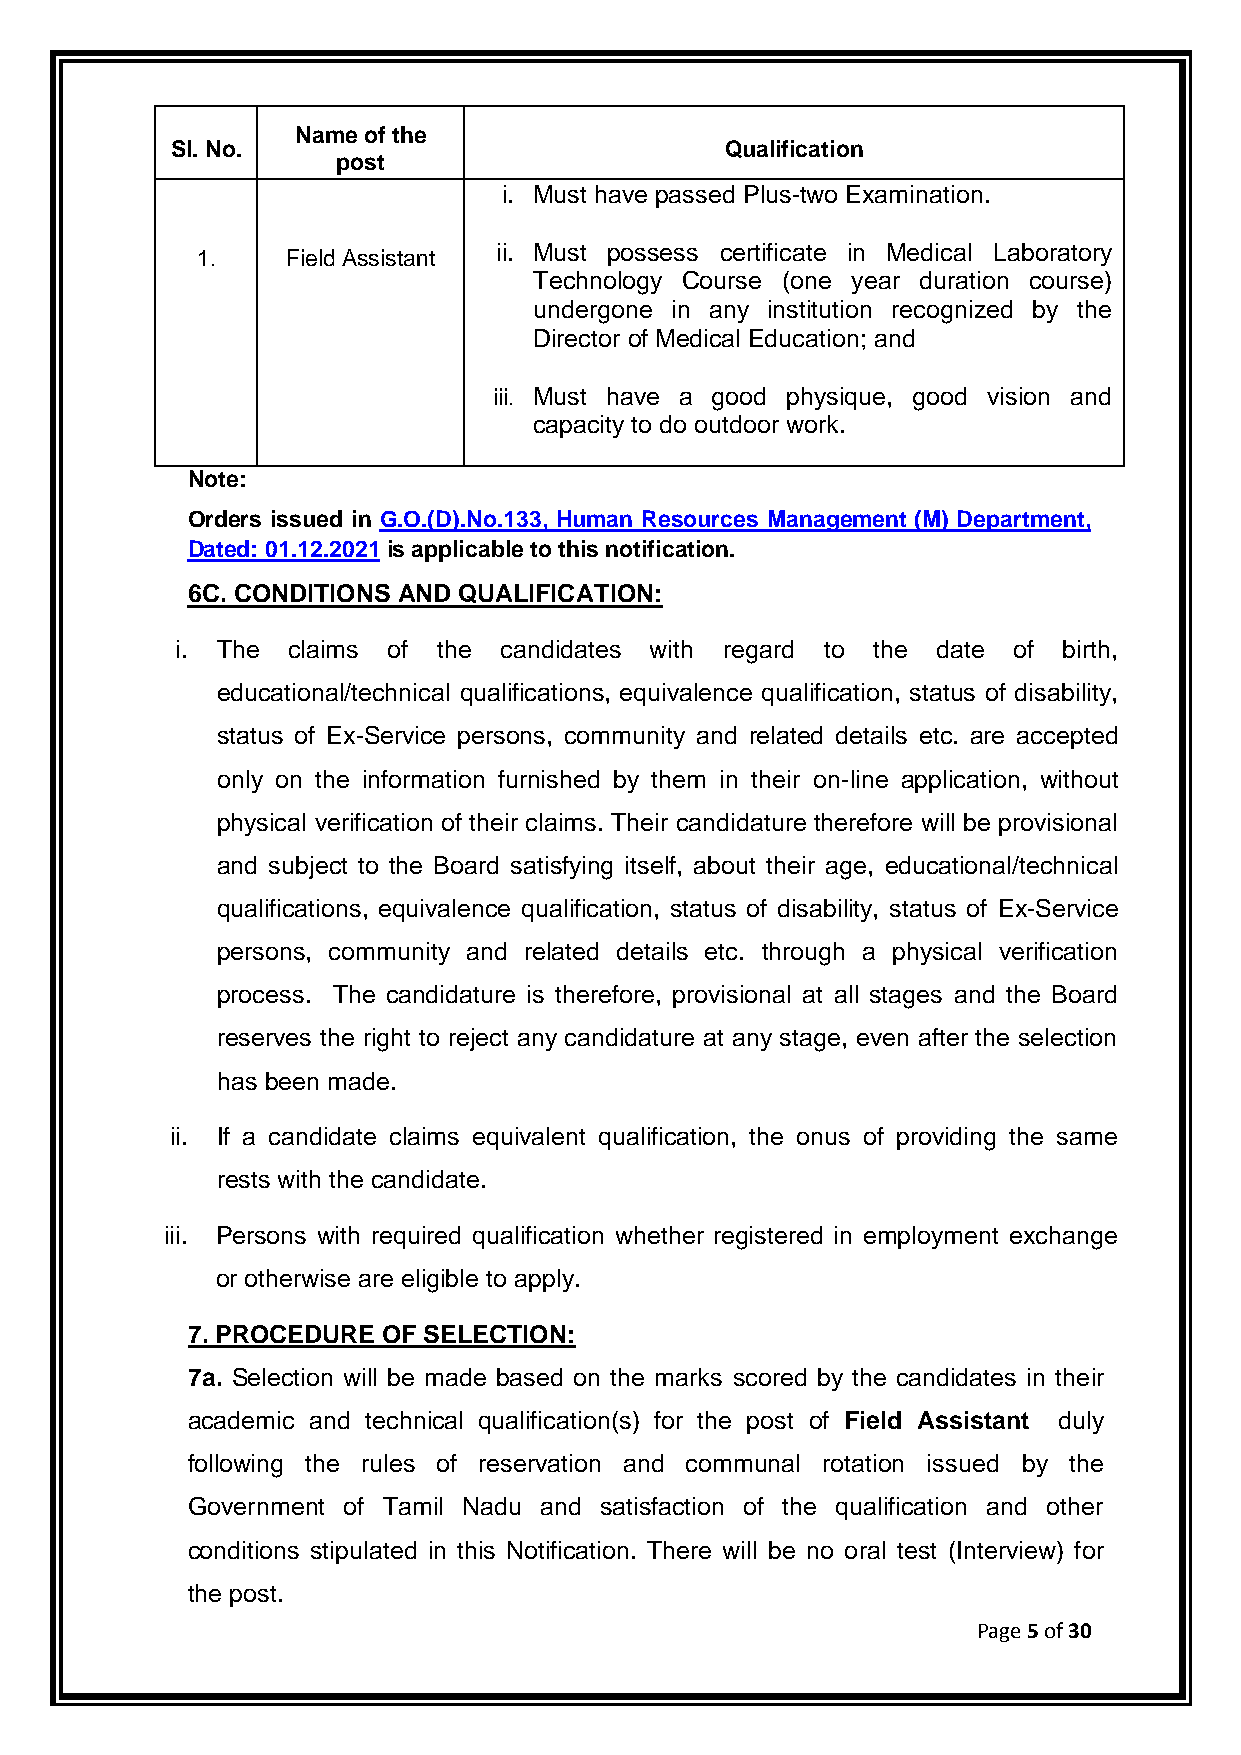
Name of the
 Sl. No.                              Qualification
 post
 i. Must have passed Plus-two Examination.
 ii. Must possess certificate in Medical Laboratory
 1.    Field Assistant
 Technology Course (one year duration course)
 undergone in any institution recognized by the
 Director of Medical Education; and
 iii. Must have a good physique, good vision and
 capacity to do outdoor work.
 Note:
 Orders issued in G.O.(D).No.133, Human Resources Management (M) Department,
 Dated: 01.12.2021 is applicable to this notification.
 6C. CONDITIONS AND QUALIFICATION:
 i. The claims of the candidates with regard to the date of birth,
 educational/technical qualifications, equivalence qualification, status of disability,
 status of Ex-Service persons, community and related details etc. are accepted
 only on the information furnished by them in their on-line application, without
 physical verification of their claims. Their candidature therefore will be provisional
 and subject to the Board satisfying itself, about their age, educational/technical
 qualifications, equivalence qualification, status of disability, status of Ex-Service
 persons, community and related details etc. through a physical verification
 process. The candidature is therefore, provisional at all stages and the Board
 reserves the right to reject any candidature at any stage, even after the selection
 has been made.
 ii. If a candidate claims equivalent qualification, the onus of providing the same
 rests with the candidate.
 iii. Persons with required qualification whether registered in employment exchange
 or otherwise are eligible to apply.
 7. PROCEDURE OF SELECTION:
 7a. Selection will be made based on the marks scored by the candidates in their
 academic and technical qualification(s) for the post of Field Assistant duly
 following the rules of reservation and communal rotation issued by the
 Government of Tamil Nadu and satisfaction of the qualification and other
 conditions stipulated in this Notification. There will be no oral test (Interview) for
 the post.
 Page 5 of 30